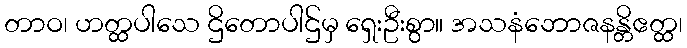
တာဝ၊ ဟတ္ထပါသေ ဌိတောပါဌ်မှ ရှေးဦးစွာ။ အသနံဘောဇနန္တိဧတ္ထ၊